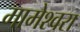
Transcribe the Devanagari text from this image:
मामेश्‍वरा